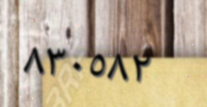
٨٣٠٥٨٢